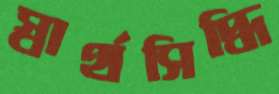
স্বার্থসিদ্ধি